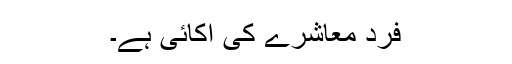
فرد معاشرے کی اکائی ہے۔